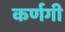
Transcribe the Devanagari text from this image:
कर्णगी